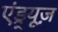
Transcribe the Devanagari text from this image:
एंड्र्यूज़